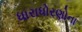
ધારાધોરણોના